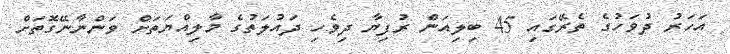
އަހަރު ދުވަހުގެ ތެރޭގައި 45 ބިލިއަން ރުފިޔާ ދިވެހި ދައުލަތުގެ މާލިއްޔަތަށް ވަންނާނޭގޮތަށް